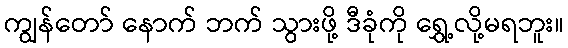
ကျွန်တော် နောက် ဘက် သွားဖို့ ဒီခုံကို ရွှေ့လို့မရဘူး။